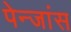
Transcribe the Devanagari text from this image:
पेन्जांस